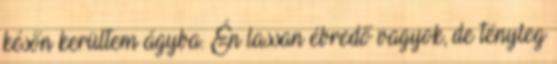
későn kerültem ágyba. Én lassan ébredő vagyok, de tényleg